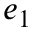
e _ { 1 }